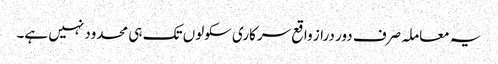
یہ معاملہ صرف دور دراز واقع سرکاری سکولوں تک ہی محدود نہیں ہے۔